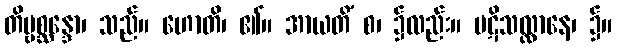
တိဗ္ဗစ္ဆန္ဒော၊ သည်။ ဟောတိ၊ ၏။ အာယတိံ စ၊ ၌လည်း။ ပဋိသလ္လာနေ၊ ၌။